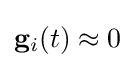
\mathbf {g} _{i}(t)\approx 0